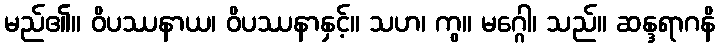
မည်၏။ ဝိပဿနာယ၊ ဝိပဿနာနှင့်။ သဟ၊ ကွ။ မဂ္ဂေါ၊ သည်။ ဆန္ဒရာဂနိ